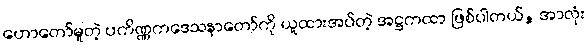
ဟောတော်မူတဲ့ ပကိဏ္ဏကဒေသနာတော်ကို ယူထားအပ်တဲ့ အဋ္ဌကထာ ဖြစ်ပါတယ်, အာလုံး